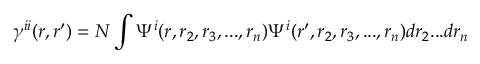
\gamma ^ { i i } ( r , r ^ { \prime } ) = N \int \Psi ^ { i } ( r , r _ { 2 } , r _ { 3 } , . . . , r _ { n } ) \Psi ^ { i } ( r ^ { \prime } , r _ { 2 } , r _ { 3 } , . . . , r _ { n } ) d r _ { 2 } . . . d r _ { n }